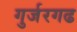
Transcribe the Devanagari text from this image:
गुर्जरगढ